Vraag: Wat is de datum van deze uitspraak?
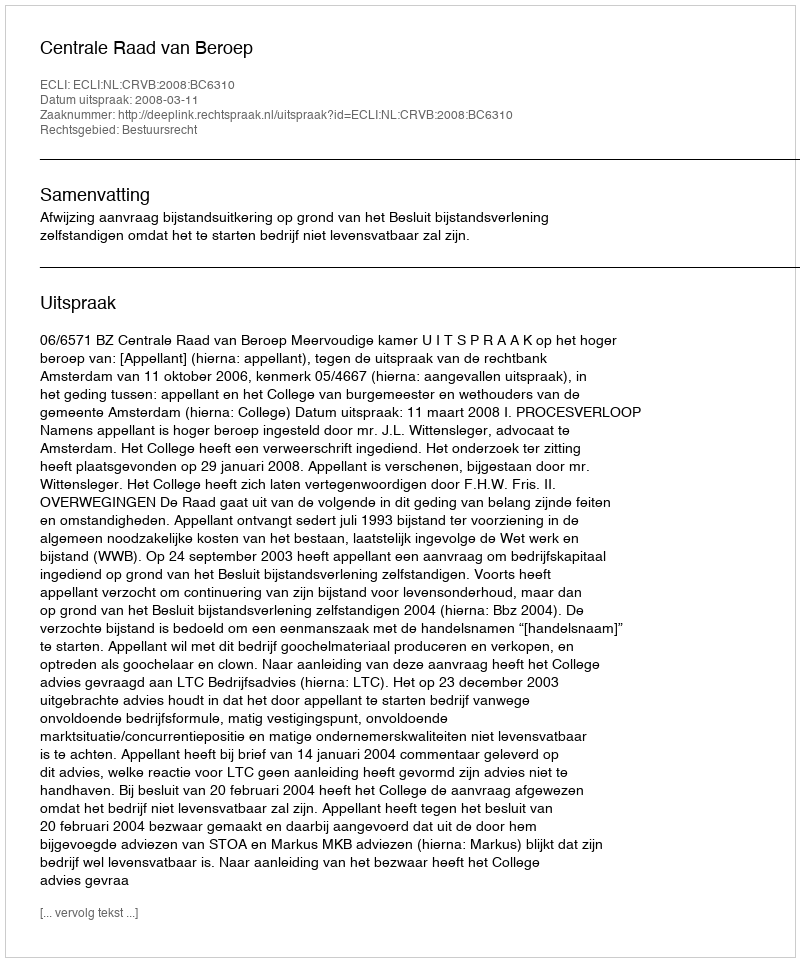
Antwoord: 2008-03-11